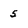
Character: 5